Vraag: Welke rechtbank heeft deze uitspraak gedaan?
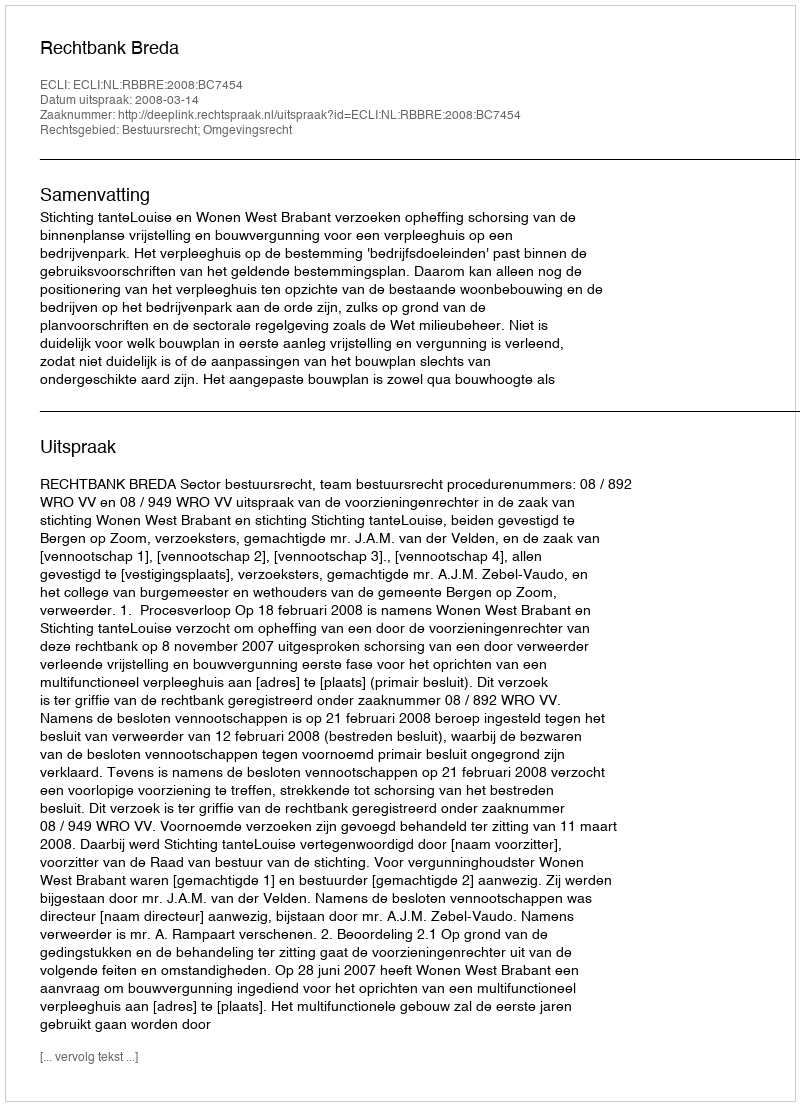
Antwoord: Rechtbank Breda